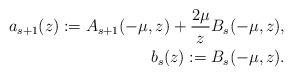
LaTeX: \begin{align*} a_{s+1}(z) := A_{s+1}(-\mu,z)+\frac{2\mu}{z} B_s(-\mu,z),\\ b_s(z) := B_s(-\mu,z) .\end{align*}